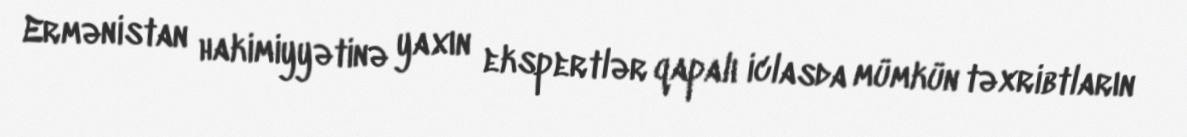
Ermənistan hakimiyyətinə yaxın ekspertlər qapalı iclasda mümkün təxribtların